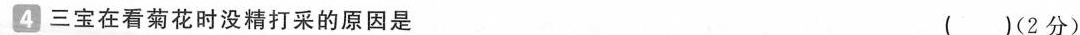
4 三宝在看菊花时没精打采的原因是 ()(2分)